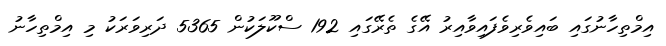
އިމްތިހާނުގައި ބައިވެރިވެފައިވާއިރު އޭގެ ތެރޭގައި 192 ސްކޫލަކުން 5365 ދަރިވަރަކު މި އިމްތިހާނު